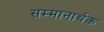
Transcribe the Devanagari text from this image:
सम्मानार्थक